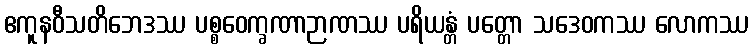
ဧကူနဝီသတိဘေဒဿ ပစ္စဝေက္ခဏာဉာဏဿ ပရိယန္တံ ပတ္တော သဒေဝကဿ လောကဿ